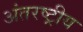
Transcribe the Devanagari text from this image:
अंतरष्ट्रीय